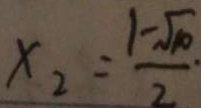
x _ { 2 } = \frac { 1 - \sqrt { 1 0 } } { 2 }